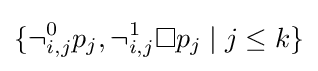
\{\neg _{i,j}^{0}p_{j},\neg _{i,j}^{1}\Box p_{j}\mid j\leq k\}